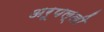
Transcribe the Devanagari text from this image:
अरूपल्ली